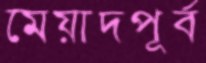
মেয়াদপূর্ব